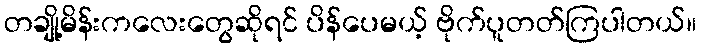
တချို့မိန်းကလေးတွေဆိုရင် ပိန်ပေမယ့် ဗိုက်ပူတတ်ကြပါတယ်။